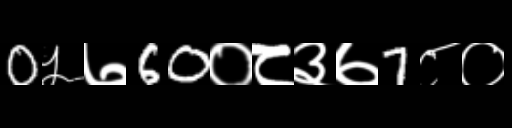
Text: 0५७60०८३७7८०